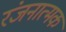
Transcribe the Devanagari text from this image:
रंजनात्मक